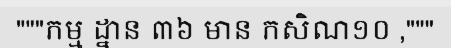
"""កម្ម ដ្នាន ៣៦ មាន កសិណ១០ ,"""